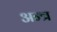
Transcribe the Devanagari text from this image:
अन्त्र